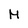
Character: M